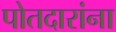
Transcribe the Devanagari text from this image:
पोतदारांना